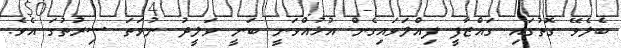
ބެލެވޭ ގޮތުގައި ގައްޒާފީ ފިއްލަވައިގެން އުޅުއްވަނީ ބަނީ ވަލީދު ނުވަތަ ސިރުތުގަ އެވެ.